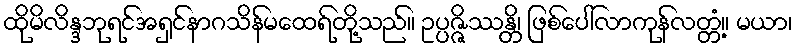
ထိုမိလိန္ဒဘုရင်အရှင်နာဂသိန်မထေရ်တို့သည်။ ဥပ္ပဇ္ဇိဿန္တိ၊ ဖြစ်ပေါ်လာကုန်လတ္တံ့။ မယာ၊